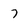
Character: 7